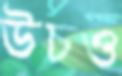
উচও